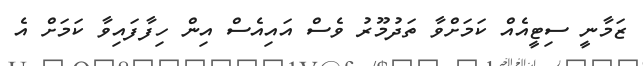
ޒަމާނީ ސިޓީއެއް ކަމަށްވާ ތަދުމޫރު ވެސް އައިއެސް އިން ހިފާފައިވާ ކަމަށް އެ